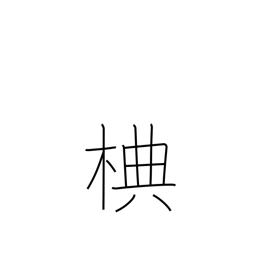
Meaning: type of deciduous birch tree